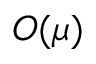
O ( \mu )